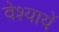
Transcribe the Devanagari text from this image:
वेश्यायें